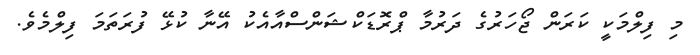
މި ފިލްމަކީ ކަރަން ޖޯހަރުގެ ދަރުމާ ޕްރޮޑަކްޝަންސްއާއެކު އޭނާ ކުޅޭ ފުރަތަމަ ފިލްމެވެ.